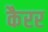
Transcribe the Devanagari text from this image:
कैरर